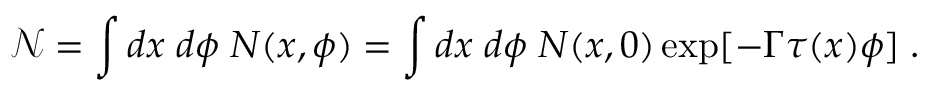
\mathcal { N } = \int d x \; d \phi \; N ( x , \phi ) = \int d x \; d \phi \; N ( x , 0 ) \exp [ - \Gamma \tau ( x ) \phi ] \; .